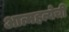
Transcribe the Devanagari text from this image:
आत्महत्येची